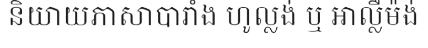
និយាយភាសាបារាំង ហូល្លង់ ឬ អាល្លឺម៉ង់